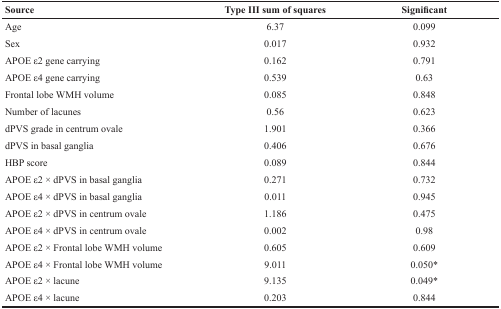
<table><thead><tr><td><b>Source</b></td><td><b>Type III sum of squares</b></td><td><b>Significant</b></td></tr></thead><tbody><tr><td>Age</td><td>6.37</td><td>0.099</td></tr><tr><td>Sex</td><td>0.017</td><td>0.932</td></tr><tr><td>APOE ε2 gene carrying</td><td>0.162</td><td>0.791</td></tr><tr><td>APOE ε4 gene carrying</td><td>0.539</td><td>0.63</td></tr><tr><td>Frontal lobe WMH volume</td><td>0.085</td><td>0.848</td></tr><tr><td>Number of lacunes</td><td>0.56</td><td>0.623</td></tr><tr><td>dPVS grade in centrum ovale</td><td>1.901</td><td>0.366</td></tr><tr><td>dPVS in basal ganglia</td><td>0.406</td><td>0.676</td></tr><tr><td>HBP score</td><td>0.089</td><td>0.844</td></tr><tr><td>APOE ε2 × dPVS in basal ganglia</td><td>0.271</td><td>0.732</td></tr><tr><td>APOE ε4 × dPVS in basal ganglia</td><td>0.011</td><td>0.945</td></tr><tr><td>APOE ε2 × dPVS in centrum ovale</td><td>1.186</td><td>0.475</td></tr><tr><td>APOE ε4 × dPVS in centrum ovale</td><td>0.002</td><td>0.98</td></tr><tr><td>APOE ε2 × Frontal lobe WMH volume</td><td>0.605</td><td>0.609</td></tr><tr><td>APOE ε4 × Frontal lobe WMH volume</td><td>9.011</td><td>0.050*</td></tr><tr><td>APOE ε2 × lacune</td><td>9.135</td><td>0.049*</td></tr><tr><td>APOE ε4 × lacune</td><td>0.203</td><td>0.844</td></tr></tbody></table>